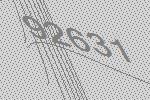
92631